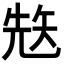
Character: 𥏋